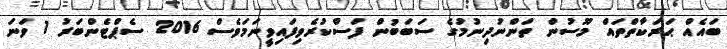
ބައެއް ޙަރަކާތްތައް މޫސުން ތަންނުދިނުމުގެ ސަބަބުން ފަސްކުރެވިފައިވީނަމަވެސް 2016 ސެޕްޓެންބަރު 1 ވަނަ